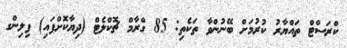
ކްރަސްޓް ތައްޔާރު ކުރުމަށް ބޭނުންވާ ތަކެތި: 85 ގްރާމް ޗޮކްލެޓް (ދިޔާކޮށްފައި) ފިލިންގ